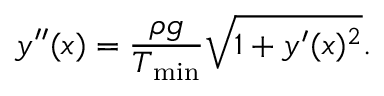
y ^ { \prime \prime } ( x ) = \frac { \rho g } { T _ { \mathrm { m i n } } } \sqrt { 1 + y ^ { \prime } ( x ) ^ { 2 } } .